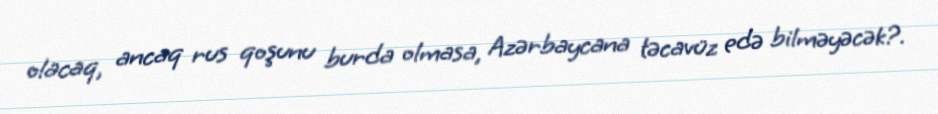
olacaq, ancaq rus qoşunu burda olmasa, Azərbaycana təcavüz edə bilməyəcək?.